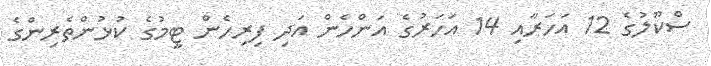
ސްކޫލުގެ 12 އަހަރާއި 14 އަހަރުގެ އަންހެން އަދި ފިރިހެން ޓީމުގެ ކުޅުންތެރިންގެ